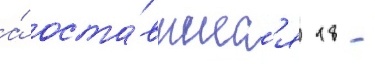
а́ оста́вшиес'я 18 -